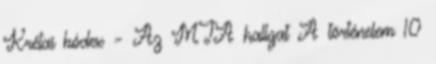
Krétai kódex – Az MTA hallgat A történelem 10